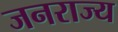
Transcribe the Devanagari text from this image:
जनराज्य